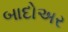
બાદોઅર